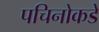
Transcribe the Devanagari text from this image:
पचिनोकडे